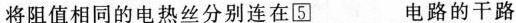
将阻值相同的电热丝分别连在回\square{5}___电路的干路